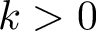
k > 0